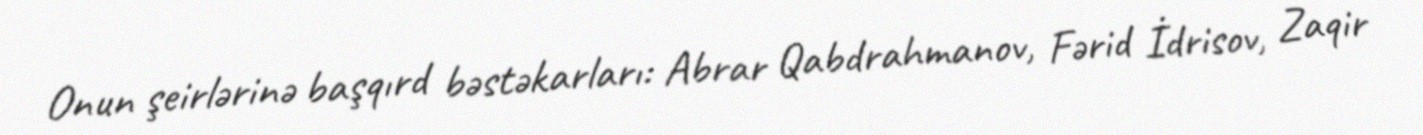
Onun şeirlərinə başqırd bəstəkarları: Abrar Qabdrahmanov, Fərid İdrisov, Zaqir